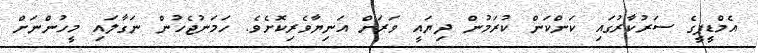
އެމްޑީޕީގެ ސަރުކާރުގައި ކަންކަން ކުރަމުން ދިޔައީ ވަރަށް އަނިޔާވެރިކޮށެވެ. ހަމަނުޖެހުން ނަގާލައި މީހުންނަށް